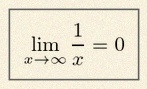
\lim_{x\to\infty}\frac{1}{x}=0